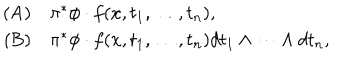
\begin{array} { r l } { { \mathrm { ( A ) } } } & { { \pi ^ { * } \phi \cdot f ( x , t _ { 1 } , \dots , t _ { n } ) , } } \\ { { \mathrm { ~ ( B ) } } } & { { \pi ^ { * } \phi \cdot f ( x , t _ { 1 } , \dots , t _ { n } ) d t _ { 1 } \wedge \dots \wedge d t _ { n } , } } \\ \end{array}